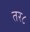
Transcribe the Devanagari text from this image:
तर८